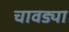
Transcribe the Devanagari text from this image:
चावड्या